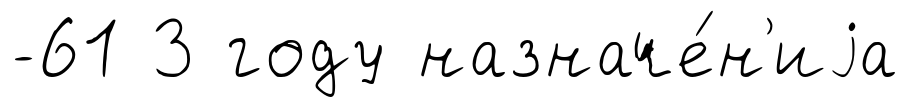
-61 3 году назначе́н'иjа